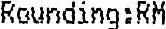
ROUNDING:RM